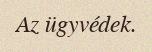
Az ügyvédek.